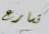
تسارع